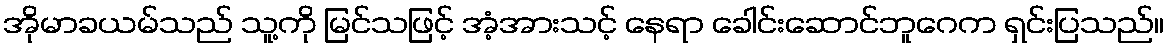
အိုမာခယမ်သည် သူ့ကို မြင်သဖြင့် အံ့အားသင့် နေရာ ခေါင်းဆောင်ဘူဂေက ရှင်းပြသည်။